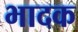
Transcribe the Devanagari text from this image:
भादक